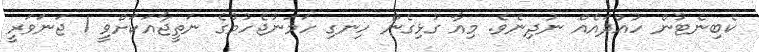
ކެބިނެޓުން ހުއްދައެއް ނުދިނެވެ. މިއާ ގުޅިގެން ހިނގި ހަމަނުޖެހުމުގެ ނަތީޖާއަކަށްވީ 1 ޖަނަވަރީ